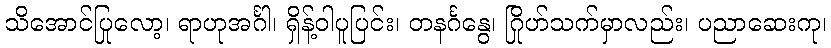
သိအောင်ပြုလော့၊ ရာဟုအင်္ဂါ၊ ရှိန့်ဝါပူပြင်း၊ တနင်္ဂနွေ၊ ဂြိုဟ်သက်မှာလည်း၊ ပညာဆေးကု၊